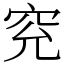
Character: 䆓